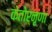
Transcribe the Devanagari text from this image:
केतोर्नृणां